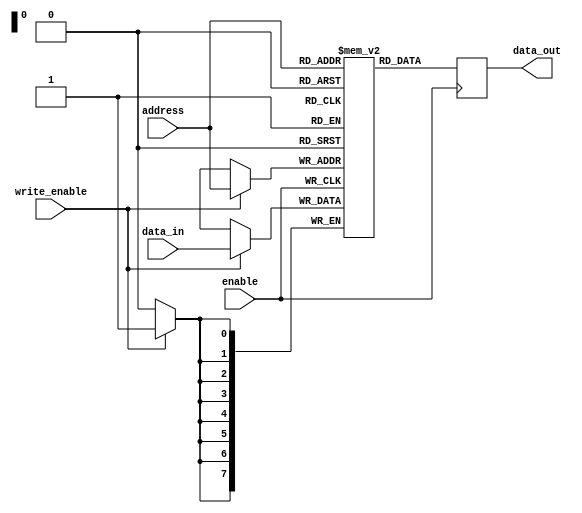
module MemoryBlocksAntiFuseROM (
    input wire [7:0] address,
    input wire enable,
    input wire write_enable,
    input wire [7:0] data_in,
    output wire [7:0] data_out
);

reg [7:0] memory_blocks [0:255];

always @ (posedge enable) begin
    if (write_enable) begin
        memory_blocks[address] <= data_in;
    end
    data_out <= memory_blocks[address];
end

endmodule